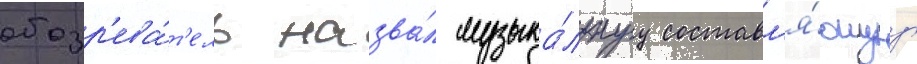
обозр'ева́т'ель назва́л музыка́льнуу составл'я́ющуу